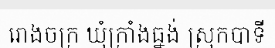
រោងចក្រ ឃុំក្រាំងធ្នង់ ស្រុកបាទី